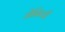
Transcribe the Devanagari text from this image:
जेनिची